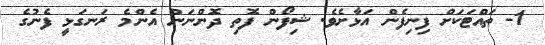
1- ތައްޓަކަށް ފިނިފެން އަޅާށެވެ. ޝިފޯން ފޮތި ދޮންނަން އެންމެ ރަނގަޅީ ފެނުގެ